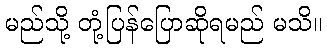
မည်သို့ တုံ့ပြန်ပြောဆိုရမည် မသိ။